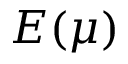
E ( \mu )